Insane asylums in Bengal annual reports 1876-1887 - 1876-1887
Year: 1876
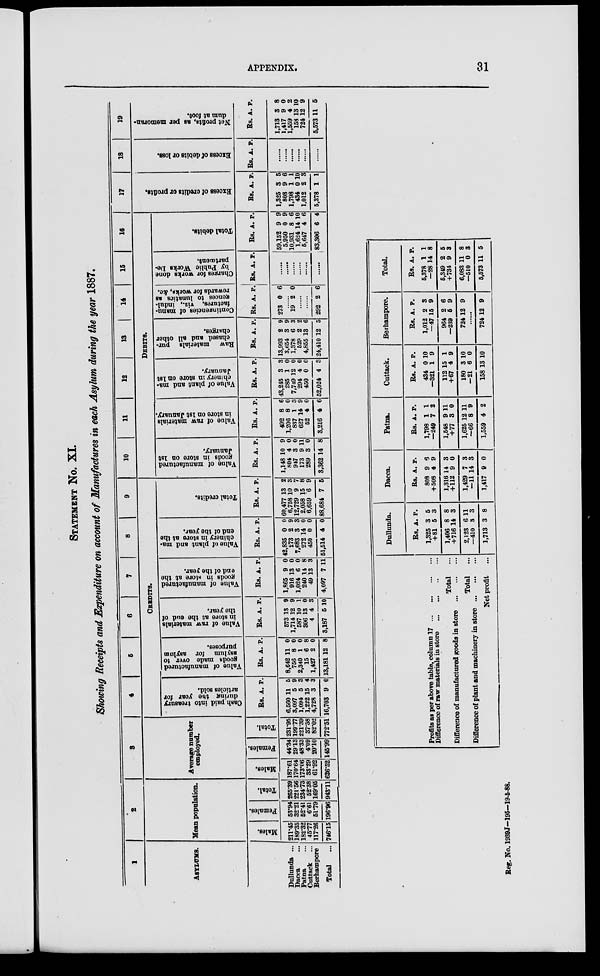
APPENDIX.
31
STATEMENT No. XI.
Showing Receipts and Expenditure on account of Manufactures in each Asylum during the year 1887.
1
ASYLUMS.
Dullunda ...
Dacca ...
Patna ...
Cuttack
...
Berhampore
Total ...
2
Mean population.
Males.
211.45
189.35
182.32
45.77
117.26
746.15
Females.
53.94
32.21
52.41
6.61
51.79
196.96
Total.
265.39
221.56
234.73
52.38
169.05
943.11
3
Average number
employed.
Males.
187.61
170.64
173.06
33.29
61.92
626.52
Females.
44.34
29.13
48.33
4.09
20.10
145.99
Total.
231.95
199.77
221.39
37.38
82.02
772.51
4
5
6
7
8
9
CREDITS.
Cash paid into treasury
during the year for
articles sold.
Rs.
6.560
3,097
1,094
1,222
4,728
16,703
A.
11
5
5
15
3
9
P.
5
9
3
4
3
0
Value of manufactured
goods made over to
asylum for asylum
purposes.
Rs.
8,642
756
2,340
15
1,427
13,181
A.
11
8
1
6
2
12
P.
0
0
0
8
0
8
Value of raw materials
in store at the end of
the year.
Rs.
573
1,714
587
306
4
3,187
A.
13
12
10
13
4
5
P.
9
9
1
0
3
10
Value of manufactured
goods in store at the
end of the year.
Rs.
1,865
916
1,024
240
49
4,097
A.
9
13
6
14
13
7
P.
0
0
0
8
3
11
Value of plant and ma-
chinery in store at the
end of the year.
Rs.
42,835
273
7,683
272
450
51,514
A.
0
2
3
14
0
4
P.
0
9
3
0
0
0
Total credits.
Rs.
60,477
6,758
12,729
2,058
6,659
88,684
A.
13
10
9
15
6
7
P.
2
3
7
8
9
5
10
11
12
13
14
15
16
DEBITS.
Value of manufactured
g oods in store on 1st
January.
Rs.
1,148
804
947
173
289
3,362
A.
10
4
3
9
3
14
P.
9
0
0
11
0
8
Value of raw materials
in store on 1st January.
Rs.
492
1,206
837
627
52
3,216
A.
8
8
1
14
4
4
P.
6
0
3
9
0
6
Value of plant and ma-
chinery in store on 1st
January.
Rs.
43,245
285
7,749
294
450
52,024
A.
3
1
12
4
0
4
P.
3
0
0
0
0
3
Raw materials pur-
chased and all other
charges.
Rs.
13,993
3,654
1,378
529
4,855
24,410
A.
2
3
6
2
13
12
P.
9
9
3
2
6
5
Contingencies of manu-
factures, viz., indul-
gences to lunatics as
rewards for works, &c.
Rs.
273
A.
0
P.
6
......
19 2 0
......
......
292 2 6
Charges for works done
by Public Works De-
partment.
Rs. A. P.
......
......
......
......
......
......
Total debits.
Rs.
59,152
5,950
10,931
1,624
5,647
83,306
A.
9
0
8
14
4
6
P.
9
9
6
10
6
4
17
Excess of credits or profits.
Rs.
1,325
808
1,798
434
1,012
5,378
A.
3
9
1
0
2
1
P.
5
6
1
10
3
1
18
Excess of debits or lost.
Rs. A. P.
......
......
......
......
......
......
19
Net profits, as per memoran-
dum at foot.
Rs.
1,713
1,417
1,559
158
724
5,573
A.
3
9
4
13
12
11
P.
8
0
2
10
9
5
Profits as per above table, column 17 ... ... ...
Difference of raw materials in store
...
...
...
Total
...
Difference of manufactured goods in store
...
...
...
Total ...
Difference of plant and machinery in store ... ... ...
Net profit ...
Dullunda.
Rs.
1,325
+81
1,406
+716
2,123
—410
1,713
A.
3
5
8
14
6
3
3
P.
5
3
8
3
11
3
8
Dacca.
Rs.
808
+508
1,316
+112
1,429
—11
1,417
A.
9
4
14
9
7
14
9
P.
6
9
3
0
3
3
0
Patna.
Rs.
1,798
—249
1,548
+77
1,625
—66
1,559
A.
1
7
9
3
12
8
4
P.
1
2
11
0
11
9
2
Cuttack.
Rs.
434
—321
112
+67
180
—21
158
A.
0
1
15
4
3
6
13
P.
10
9
1
9
10
0
10
Berhampore.
Rs.
1,012
—47
964
—239
724
A.
2
15
2
5
12
P.
3
9
6
9
9
......
724 12 9
Total.
Rs.
5,378
—28
5,349
+734
6,083
—510
5,573
A.
1
14
2
9
11
0
11
P.
1
8
5
3
8
3
5
Reg. No. 1939J—195—19-5-88.